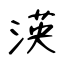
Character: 渶